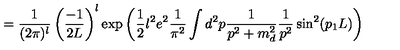
= \frac { 1 } { ( 2 \pi ) ^ { l } } \left( \frac { - 1 } { 2 L } \right) ^ { l } \exp \left( \frac { 1 } { 2 } l ^ { 2 } e ^ { 2 } \frac { 1 } { \pi ^ { 2 } } \int d ^ { 2 } p \frac { 1 } { p ^ { 2 } + m _ { d } ^ { 2 } } \frac { 1 } { p ^ { 2 } } \sin ^ { 2 } ( p _ { 1 } L ) \right)